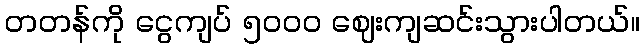
တတန်ကို ငွေကျပ် ၅ဝဝဝ ဈေးကျဆင်းသွားပါတယ်။